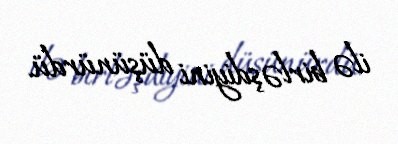
ilə birləşdiyini düşünürdü.